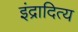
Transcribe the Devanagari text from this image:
इंद्रादित्य